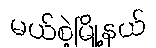
မယ်စဲ့မြို့နယ်